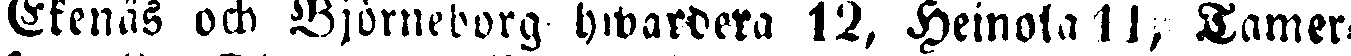
Ekenas ock Björneborg hwardera 12, Heinola 11, Tamer-